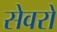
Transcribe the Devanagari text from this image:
सेवरो